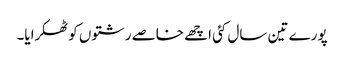
پورے تین سال کئی اچھے خاصے رشتوں کو ٹھکرایا۔